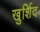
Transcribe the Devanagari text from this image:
खुर्शिद